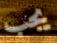
يجب